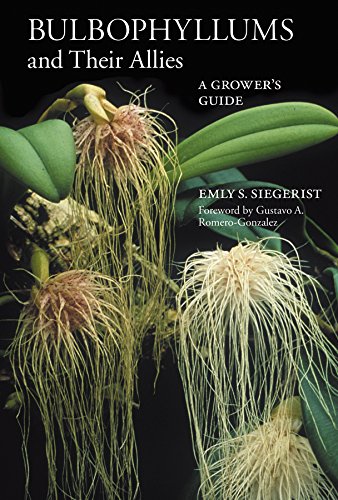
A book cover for Bulbophyllums and Their Allies: A Grower's Guide; Emly S. Siegerist; Science & Math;